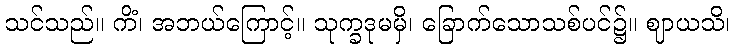
သင်သည်။ ကိံ၊ အဘယ်ကြောင့်။ သုက္ခဒုမမှိ၊ ခြောက်သောသစ်ပင်၌။ ဈာယသိ၊